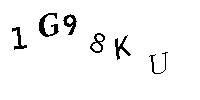
1G98KU